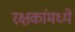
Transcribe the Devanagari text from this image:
रक्षकांमध्ये